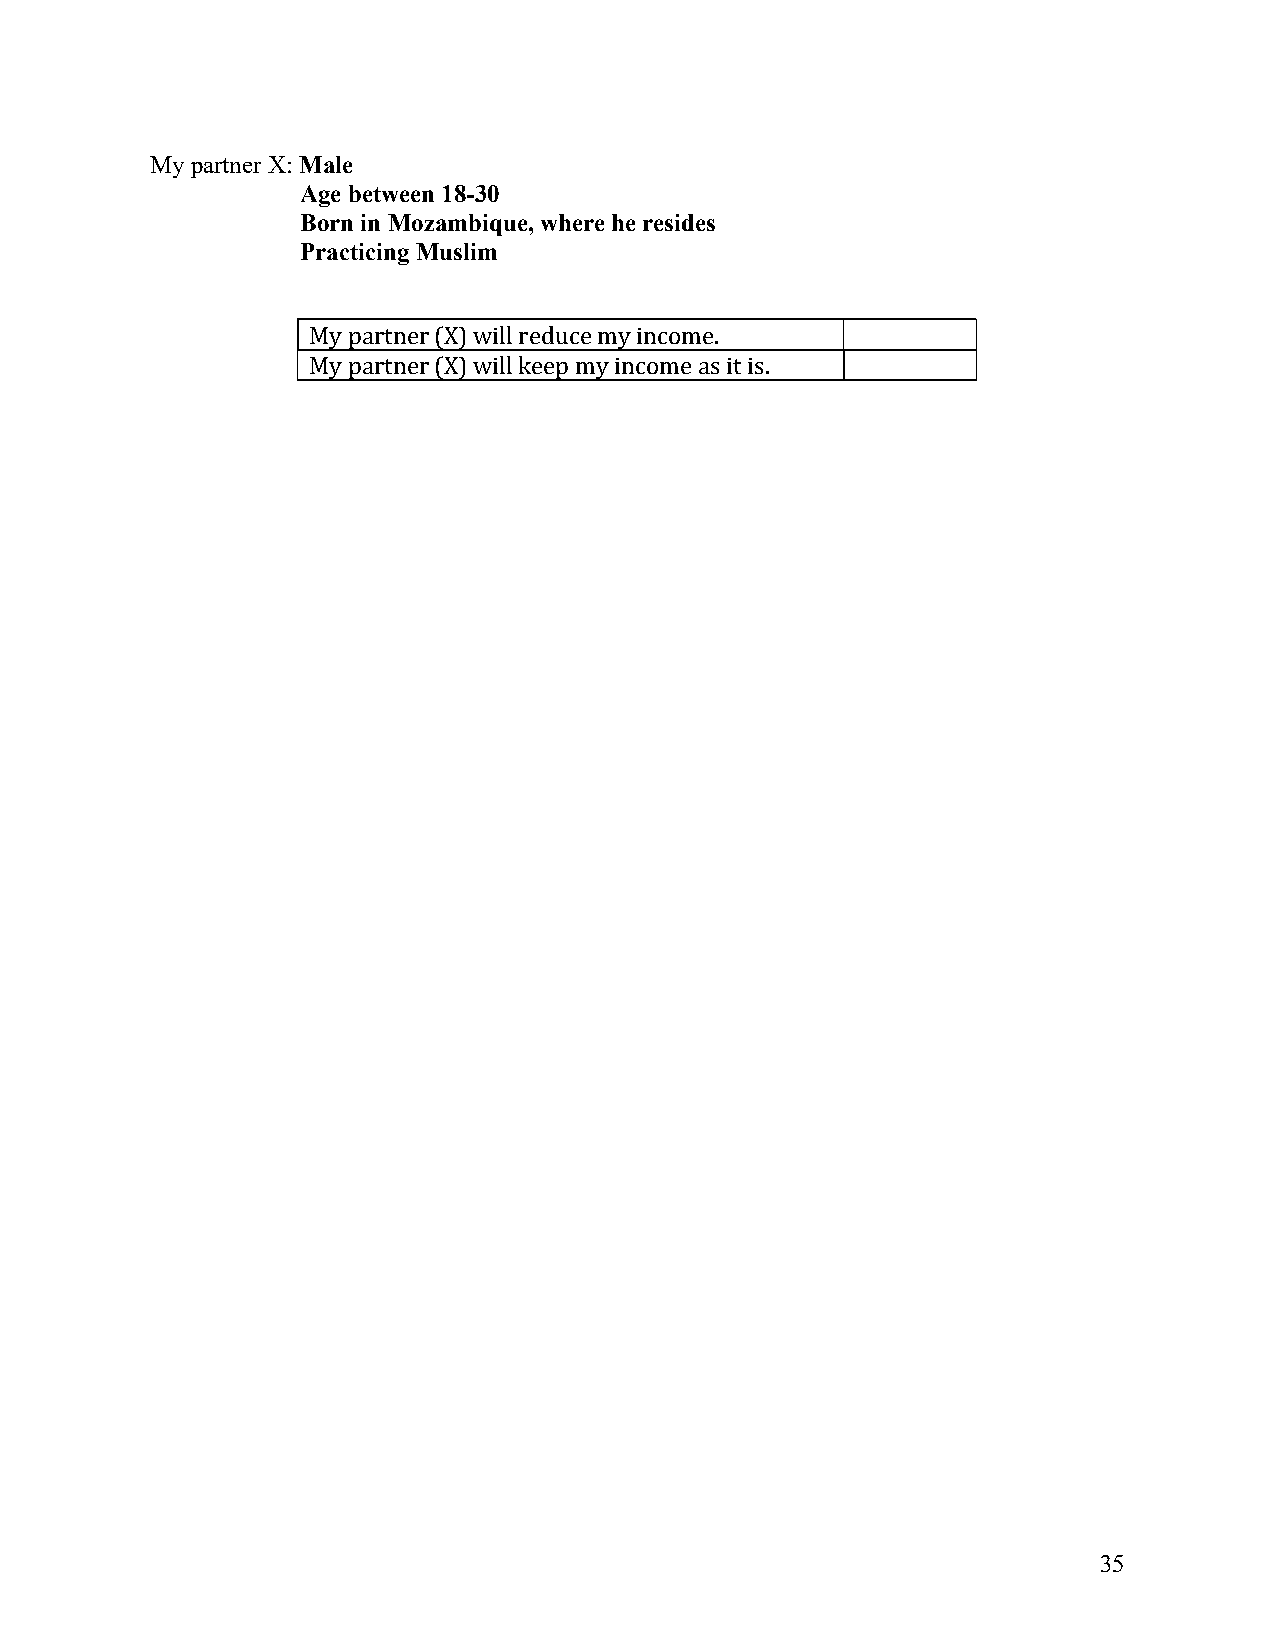
My partner X: Male
 Age between 18-30
 Born in Mozambique, where he resides
 Practicing Muslim
 My partner (X) will reduce my income.
 My partner (X) will keep my income as it is.
 35